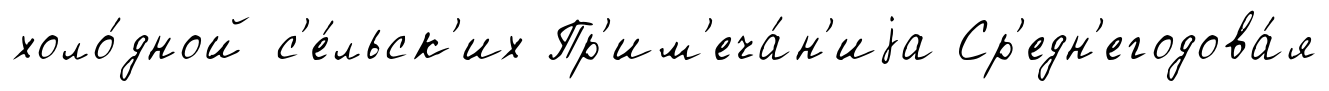
холо́дной с'е́льск'их Пр'им'еча́н'иjа Ср'едн'егодова́я